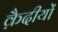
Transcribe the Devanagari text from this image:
क़ैदीयों